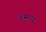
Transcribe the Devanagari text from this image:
अम्मय